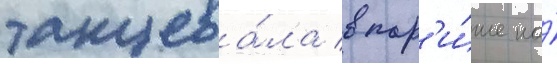
танцева́ла в пар'и́же на́